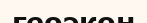
геоэкон